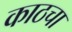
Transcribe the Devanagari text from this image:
काठचा